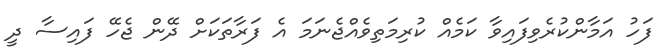
ފަހު އަމާންކުރެވިފައިވާ ކަމެއް ކުރިމަތިވެއްޖެނަމަ އެ ފަރާތަކަށް ދޭން ޖެހޭ ފައިސާ ދީ